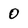
Character: 0